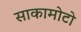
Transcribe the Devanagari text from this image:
साकामोटो